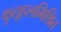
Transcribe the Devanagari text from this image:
कुतूहलमिश्रित